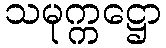
သမုက္ကဋ္ဌော